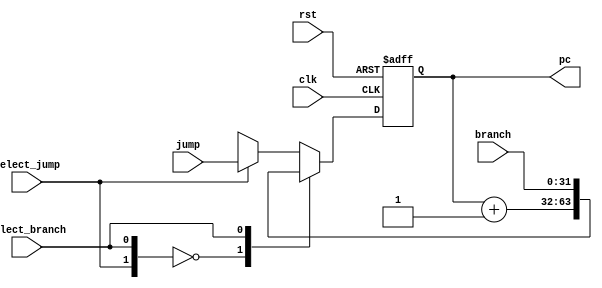
module program_counter(pc, jump, branch, select_jump, select_branch, rst, clk);

output reg[31:0] pc;
input[31:0] jump;
input[31:0] branch;
input select_jump;
input select_branch;
input rst;
input clk;

wire[1:0] counter_input_select = {select_jump, select_branch};

always @(posedge clk or posedge rst)
begin
	if(rst)
		pc <= 0;
	else
	begin
		casex(counter_input_select)
		2'b00: pc <= pc + 1;
		2'bx1: pc <= branch;
		2'b1x: pc <= jump;
		default: pc <= pc + 1;
		endcase
	end
end

endmodule